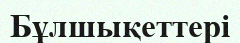
Бұлшықеттері